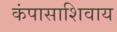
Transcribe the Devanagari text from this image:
कंपासाशिवाय